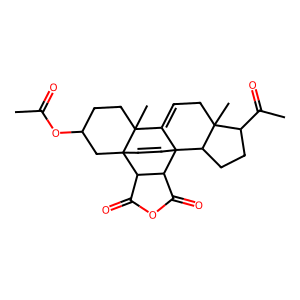
SMILES: CC(=O)OC1CCC2(C)C3=CCC4(C)C(C(C)=O)CCC4C34C=CC2(C1)C1C(=O)OC(=O)C14
Inhibits HIV replication: No